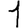
Digit: 1